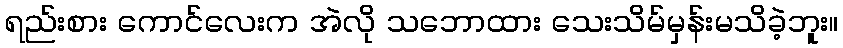
ရည်းစား ကောင်လေးက အဲလို သဘောထား သေးသိမ်မှန်းမသိခဲ့ဘူး။